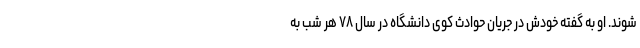
شوند. او به گفته خودش در جریان حوادث کوی دانشگاه در سال ۷۸ هر شب به